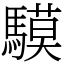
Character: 䮬